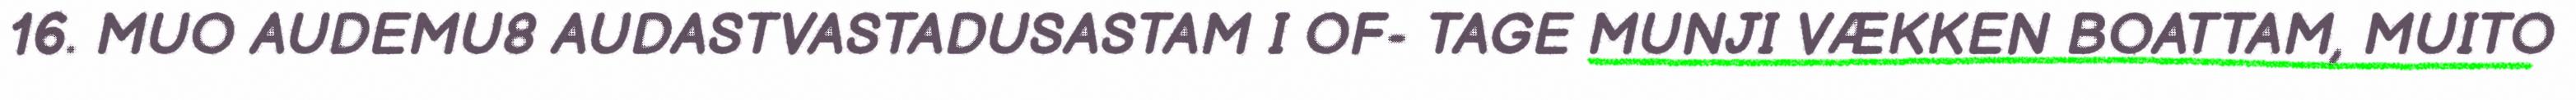
16. MUO AUDEMU8 AUDASTVASTADUSASTAM I OF- TAGE MUNJI VÆKKEN BOATTAM, MUITO